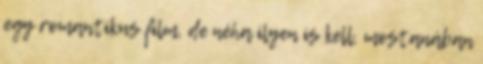
egy romantikus film, de néha ilyen is kell, mostanában